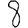
Digit: 8